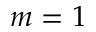
m = 1